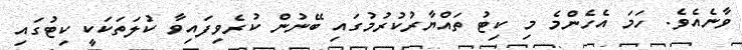
ވާނެއެވެ. ހަމަ އެހެންމެ މި ކިޓު ތައްޔާރުކުރުމުގައި ބޭނުން ކުރެވިފައިވާ ކުލަތަކަކީ ކިޓުގައި